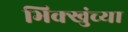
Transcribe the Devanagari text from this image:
भिक्खुंच्या